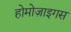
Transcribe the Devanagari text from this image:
होमोज़ाइगस